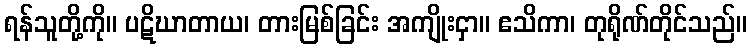
ရန်သူတို့ကို။ ပဋိဃာတာယ၊ တားမြစ်ခြင်း အကျိုးငှာ။ ဧသိကာ၊ တုရိုဏ်တိုင်သည်။